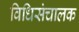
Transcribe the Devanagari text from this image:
विधिसंचालक